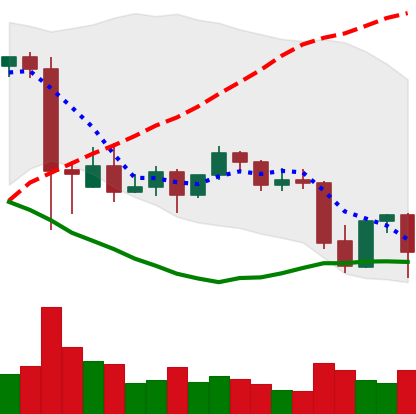
Ticker: BNB-USD
Chart end date: 2021-09-24
Forward return: 3.567%
Label: up_3_5